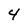
Character: 4